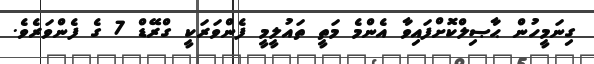
ގިނަމީހުން ޙާޞިލްކޮށްފައިވާ އެންމެ މަތީ ތައުލީމީ ފެންވަރަކީ ގްރޭޑް 7 ގެ ފެންވަރެވެ.